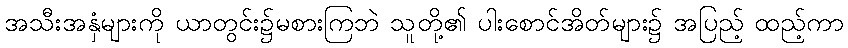
အသီးအနှံများကို ယာတွင်း၌မစားကြဘဲ သူတို့၏ ပါးစောင်အိတ်များ၌ အပြည့် ထည့်ကာ